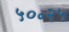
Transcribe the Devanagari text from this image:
५०॰२५